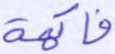
فاكهة